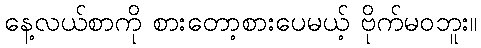
နေ့လယ်စာကို စားတော့စားပေမယ့် ဗိုက်မဝဘူး။